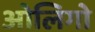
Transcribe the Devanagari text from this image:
ओलिगो